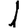
Digit: 1